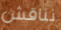
نناقش